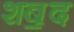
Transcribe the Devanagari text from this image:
शॿद